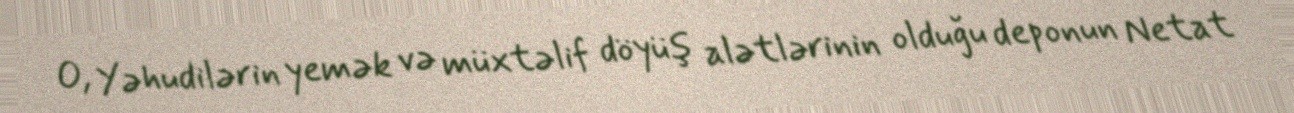
O, Yəhudilərin yemək və müxtəlif döyüş alətlərinin olduğu deponun Netat